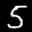
Label: 5